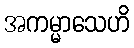
အကမ္မာသေဟိ